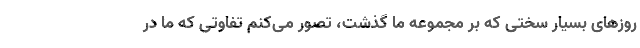
روزهای بسیار سختی که بر مجموعه ما گذشت، تصور می‌کنم تفاوتی که ما در